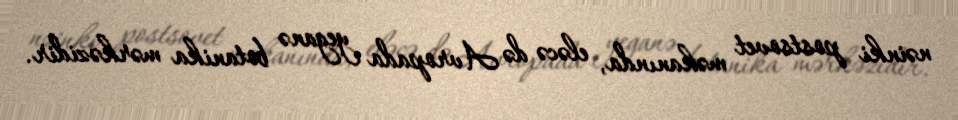
nəinki postsovet məkanında, eləcə də Avropada yeganə botanika mərkəzidir.